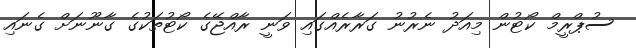
ސުޕްރީމް ކޯޓުން މިއަދު ނެރުނު ގަރާރެއްގައި ވަނީ ރާއްޖޭގެ ކޯޓުތަކުގެ ގާނޫނަށް ގެނައި